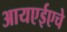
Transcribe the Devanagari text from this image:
आयएईएचे